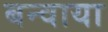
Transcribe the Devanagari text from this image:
बन्वाया